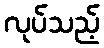
လုပ်သည့်